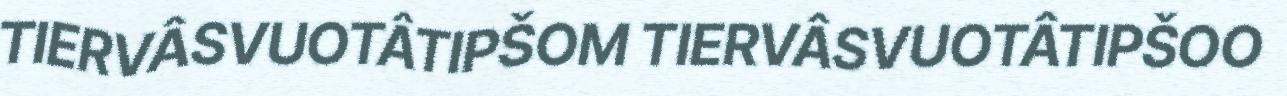
TIERVÂSVUOTÂTIPŠOM TIERVÂSVUOTÂTIPŠOO